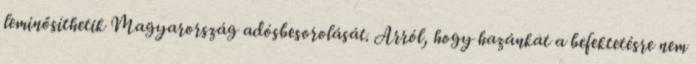
leminősíthetik Magyarország adósbesorolását. Arról, hogy hazánkat a befektetésre nem